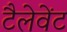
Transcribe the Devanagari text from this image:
टैलेवेंट